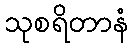
သုစရိတာနံ